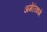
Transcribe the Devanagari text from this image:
अमेरिकामे